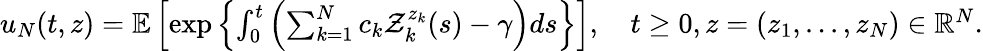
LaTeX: \begin{array}{r}{u_{N}(t,z)=\mathbb{E}\left[\exp\left\{ \int_{0}^{t}\left(\sum_{k=1}^{N}c_{k}\mathcal{Z}_{k}^{z_{k}}(s)-\gamma\right)ds\right\} \right],\quad t\geq 0,z=(z_{1},...,z_{N})\in\mathbb{R}^{N}.}\end{array}